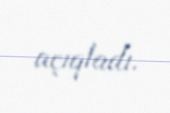
açıqladı.